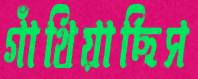
গাঁথিয়াছিস